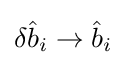
\delta {\hat {b}}_{i}\rightarrow {\hat {b}}_{i}